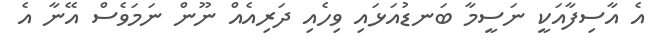
އެ އާސިފާއަކީ ނަސީމާ ބަނޑުއަޅައި ވިހެއި ދަރިއެއް ނޫން ނަަމަވެސް އޭނާ އެ